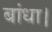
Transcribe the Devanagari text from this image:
बांधा।